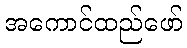
အကောင်ထည်ဖော်